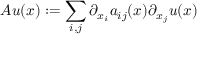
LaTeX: A u ( x ) : = \sum _ { i , j } \partial _ { x _ { i } } a _ { i j } ( x ) \partial _ { x _ { j } } u ( x )